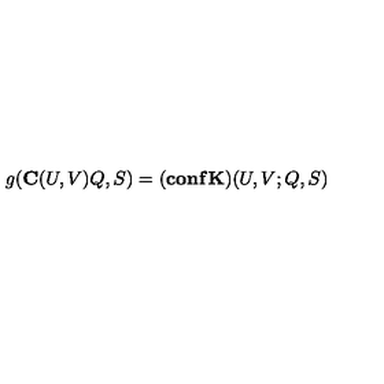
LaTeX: g ( { \bf C } ( U , V ) Q , S ) = ( { \bf c o n f } { \bf K } ) ( U , V ; Q , S )